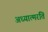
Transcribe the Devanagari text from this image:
अध्यात्मरति